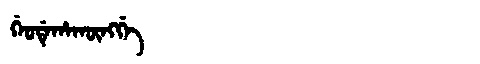
Manchu: ᡤᡝᠣᡩᡝᡥᠠᡴᡡᠩᡤᡝ
Romanization: GEODEHAKŪNGGE